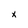
Character: x